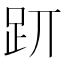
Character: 𧿄